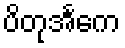
ပိတုအင်္ကေ